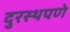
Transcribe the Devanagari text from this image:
दुरस्थपणे